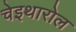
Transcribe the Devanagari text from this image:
चेइथारोल